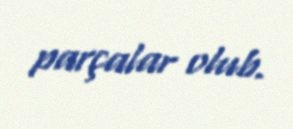
parçalar olub.